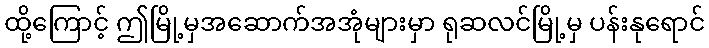
ထို့ကြောင့် ဤမြို့မှအဆောက်အအုံများမှာ ရုဆလင်မြို့မှ ပန်းနုရောင်